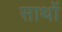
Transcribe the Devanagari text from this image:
साथों